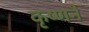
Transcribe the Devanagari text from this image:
कृष्‍णने